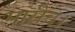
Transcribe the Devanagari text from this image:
मारीच।